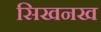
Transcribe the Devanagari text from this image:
सिखनख